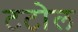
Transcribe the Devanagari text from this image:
टटोल